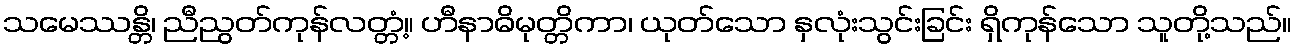
သမေဿန္တိ၊ ညီညွတ်ကုန်လတ္တံ့။ ဟီနာဓိမုတ္တိကာ၊ ယုတ်သော နှလုံးသွင်းခြင်း ရှိကုန်သော သူတို့သည်။